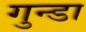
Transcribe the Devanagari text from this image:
गुन्डा